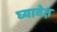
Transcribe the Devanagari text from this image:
घ्यावेत़